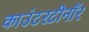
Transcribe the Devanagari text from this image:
काउंटरटीनॉर